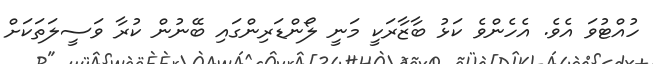
ހުއްޓުވަ އެވެ. އެހެންވެ ކަޅު ބާޒާރަކީ މަނީ ލޯންޑަރިންގައި ބޭނުން ކުރާ ވަސީލަތަކަށް